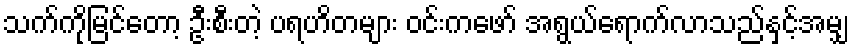
သက်ကိုမြင်တော့ ဦးစီးတဲ့ ပရဟိတများ ဝင်းကဖော် အရွယ်ရောက်လာသည်နှင့်အမျှ